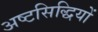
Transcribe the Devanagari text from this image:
अष्टसिद्धियों